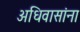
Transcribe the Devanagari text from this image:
अधिवासांना